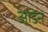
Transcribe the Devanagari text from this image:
ओडेन